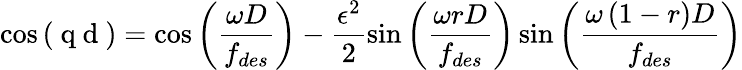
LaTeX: \cos\left(\mathrm{~q~d~}\right)=\cos\left(\frac{\omega D}{f_{des}}\right)-\frac{\epsilon^{2}}{2}\sin\left(\frac{\omega rD}{f_{des}}\right)\sin\left(\frac{\omega\left(1-r\right)D}{f_{des}}\right)